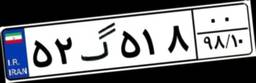
۵۲گ۵۱۸۰۰